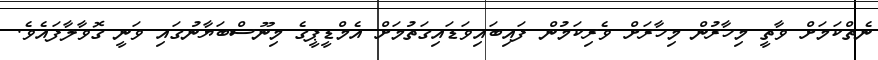
ނެތްކަމަށް ވާތީ މިހާރުން މިހާރަށް ވެރިކަމުން ފައިބައިވަޑައިގަތުމަށް އެމްޑީޕީގެ މިނޫސްބަޔާނުގައި ވަނީ ގޮވާލާފައެވެ.